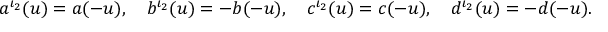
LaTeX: a ^ { \iota _ { 2 } } ( u ) = a ( - u ) , \quad b ^ { \iota _ { 2 } } ( u ) = - b ( - u ) , \quad c ^ { \iota _ { 2 } } ( u ) = c ( - u ) , \quad d ^ { \iota _ { 2 } } ( u ) = - d ( - u ) .